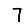
Digit: 7